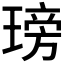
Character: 𤧭